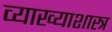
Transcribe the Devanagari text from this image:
व्याख्याशास्त्र